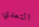
التعدي